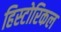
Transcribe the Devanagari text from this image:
हिस्‍टोरिकल